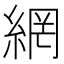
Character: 網